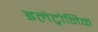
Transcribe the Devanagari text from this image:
इलेट्रोनिक